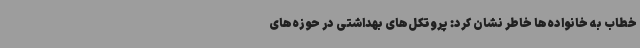
خطاب به خانواده‌ها خاطر نشان کرد: پروتکل‌های بهداشتی در حوزه‌های